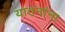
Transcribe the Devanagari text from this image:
यातनांना